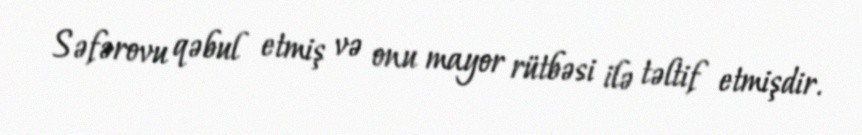
Səfərovu qəbul etmiş və onu mayor rütbəsi ilə təltif etmişdir.